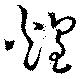
煌